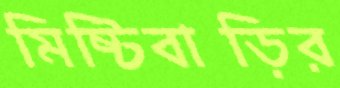
মিষ্টিবাড়ির